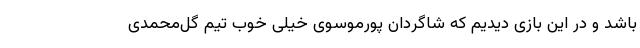
باشد و در این بازی دیدیم که شاگردان پورموسوی خیلی خوب تیم گل‌محمدی